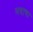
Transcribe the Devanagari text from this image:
मदाचा